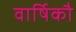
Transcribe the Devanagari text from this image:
वार्षिकौ